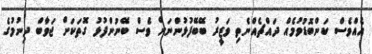
އެއްވެސް ކަންބޮޑުވުމެއް ދައްޗެއްނެތި ވަޒީރު ބޭބޭފުޅުންނަށް ވެސް ބޭނުންފުޅު ގޮތަކަށް ޖަވާބް ދިނުމުގެ